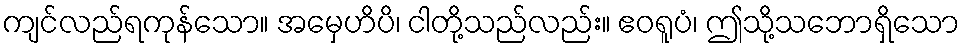
ကျင်လည်ရကုန်သော။ အမှေဟိပိ၊ ငါတို့သည်လည်း။ ဧဝရူပံ၊ ဤသို့သဘောရှိသော